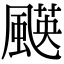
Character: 𩘑